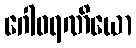
ဂေါဓရဏိယော